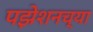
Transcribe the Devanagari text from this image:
पझेशनच्या